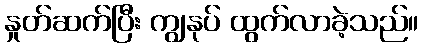
နှုတ်ဆက်ပြီး ကျွနုပ် ထွက်လာခဲ့သည်။